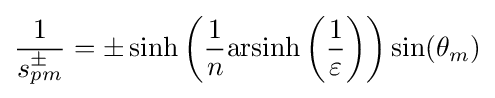
{\frac {1}{s_{pm}^{\pm }}}=\pm \sinh \left({\frac {1}{n}}\mathrm {arsinh} \left({\frac {1}{\varepsilon }}\right)\right)\sin(\theta _{m})